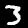
Label: 3